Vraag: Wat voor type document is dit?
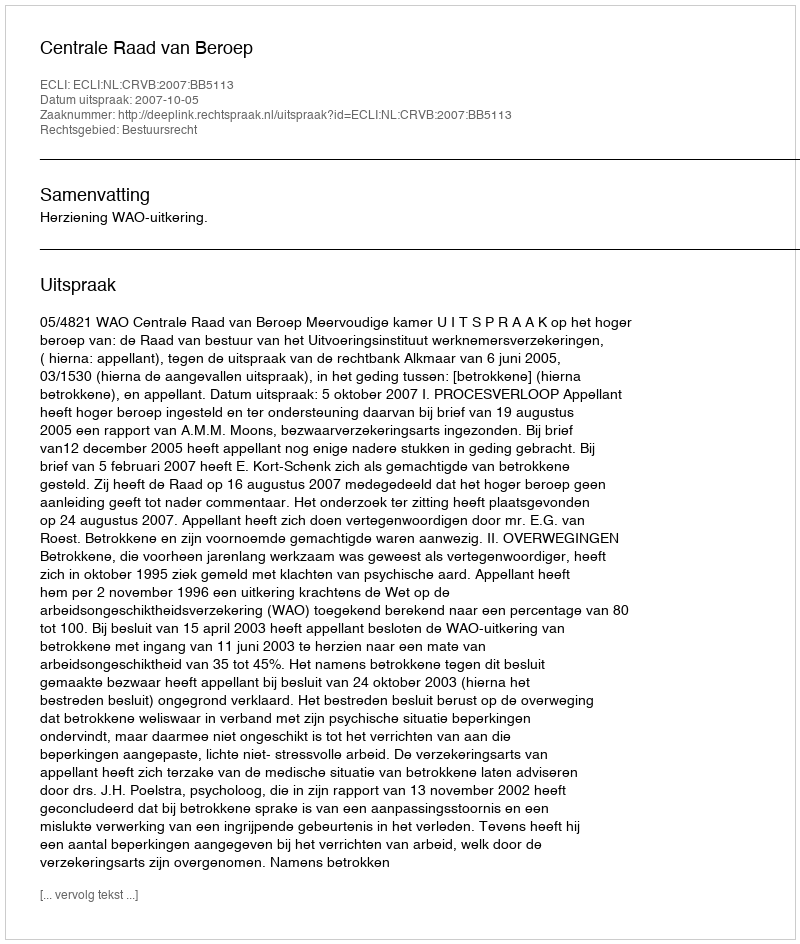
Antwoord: Uitspraak